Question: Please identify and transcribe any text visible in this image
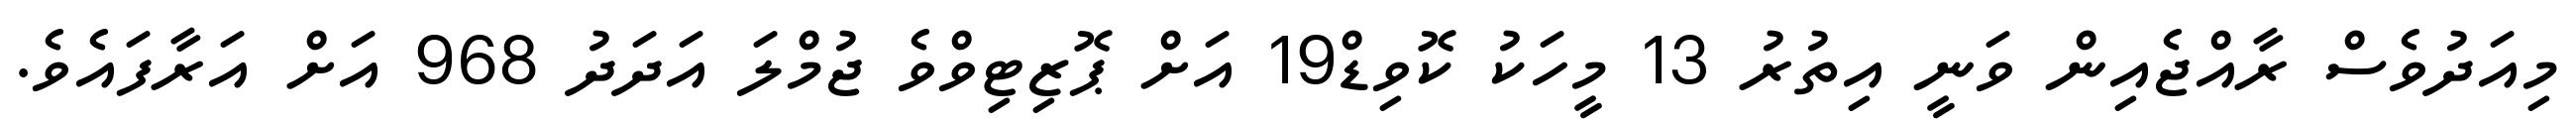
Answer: މިއަދުވެސް ރާއްޖެއިން ވަނީ އިތުރު 13 މީހަކު ކޮވިޑް19 އަށް ޕޮޒިޓިވްވެ ޖުމްލަ އަދަދު 968 އަށް އަރާފައެވެ.